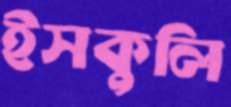
ইসকুলি